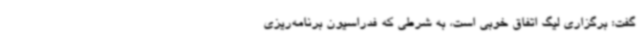
گفت: برگزاری لیگ اتفاق خوبی است،‌ به شرطی که فدراسیون برنامه‌ریزی